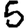
Digit: 5